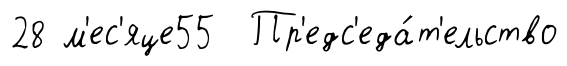
28 м'ес'яце55 Пр'едс'еда́т'ельство